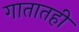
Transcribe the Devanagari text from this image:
गातातही